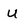
Character: u